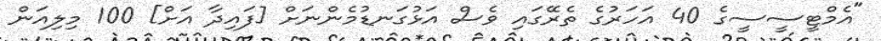
"އެމްޓީސީސީގެ 40 އަހަރުގެ ތެރޭގައި ވެސް އަޅުގަނޑުމެންނަށް [ފައިދާ އަށް] 100 މިލިއަން